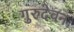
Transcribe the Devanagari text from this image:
गुरुदेवन